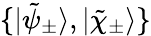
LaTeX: \{ |\tilde{\psi}_{\pm}\rangle,|\tilde{\chi}_{\pm}\rangle\}